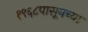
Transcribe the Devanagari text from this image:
१९६८पासूनच्या